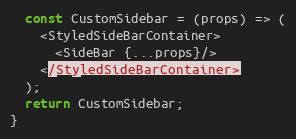
Language: JavaScript
  const CustomSidebar = (props) => (
    <StyledSideBarContainer>
      <SideBar {...props}/>
    </StyledSideBarContainer>
  );
  return CustomSidebar;
}